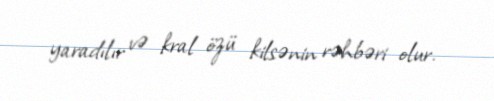
yaradılır və kral özü kilsənin rəhbəri olur.